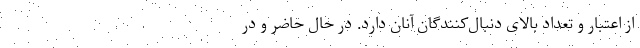
از اعتبار و تعداد بالای دنبال‌کنندگان آنان دارد. در حال حاضر و در